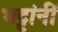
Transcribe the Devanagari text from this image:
भट्टांनीं